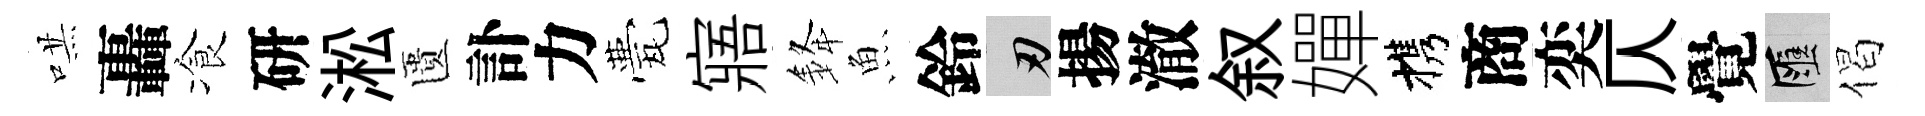
哄轟飡研淞匱訃力甍寤𨦟魚鈴刃揚澈叙嬋携商奕仄覺匯偈